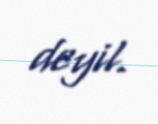
deyil.